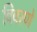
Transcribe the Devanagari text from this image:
विवरणे